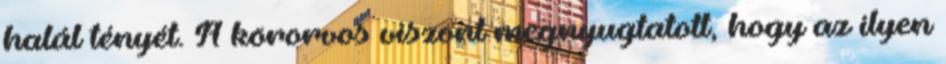
halál tényét. A körorvos viszont megnyugtatott, hogy az ilyen